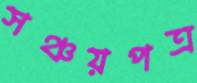
সঞ্চয়পত্র